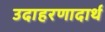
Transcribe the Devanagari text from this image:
उदाहरणादार्थ